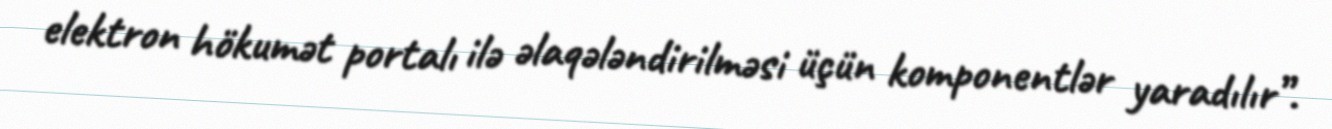
elektron hökumət portalı ilə əlaqələndirilməsi üçün komponentlər yaradılır”.